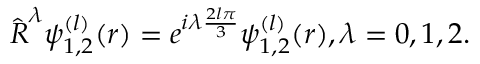
\boldsymbol { \hat { R } } ^ { \lambda } \psi _ { 1 , 2 } ^ { ( l ) } ( \boldsymbol { r } ) = e ^ { i \lambda \frac { 2 l \pi } { 3 } } \psi _ { 1 , 2 } ^ { ( l ) } ( \boldsymbol { r } ) , \lambda = 0 , 1 , 2 .